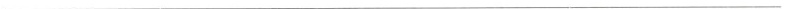
___